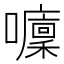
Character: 𡄁